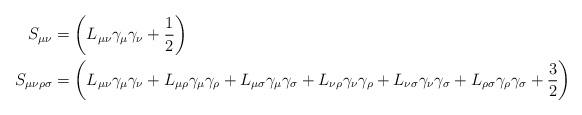
LaTeX: \begin{align*} S_{\mu\nu}&=\left(L_{\mu\nu}\gamma_\mu \gamma_\nu+\frac{1}{2}\right)\\ S_{\mu\nu\rho\sigma}&=\left(L_{\mu\nu}\gamma_\mu \gamma_\nu+L_{\mu\rho}\gamma_\mu \gamma_\rho+L_{\mu\sigma}\gamma_\mu \gamma_\sigma+L_{\nu\rho}\gamma_\nu \gamma_\rho+L_{\nu\sigma}\gamma_\nu \gamma_\sigma+L_{\rho\sigma}\gamma_\rho \gamma_\sigma+\frac{3}{2} \right)\end{align*}